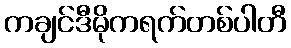
ကချင်ဒီမိုကရက်တစ်ပါတီ